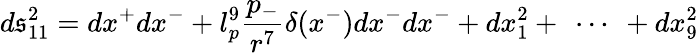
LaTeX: d\mathfrak{s}_{11}^{2}=dx^{+}dx^{-}+l_{p}^{9}\frac{{p_{-}}}{{r^{7}}}\delta(x^{-})dx^{-}dx^{-}+dx_{1}^{2}+\ \cdots\ +dx_{9}^{2}